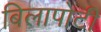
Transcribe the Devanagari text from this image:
बिलापोटी